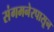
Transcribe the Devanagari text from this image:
संगमनेरपासून